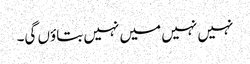
نہیں نہیں میں نہیں بتاؤں گی۔